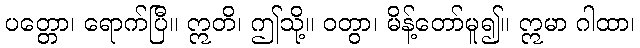
ပတ္တော၊ ရောက်ပြီ။ ဣတိ၊ ဤသို့။ ဝတွာ၊ မိန့်တော်မူ၍။ ဣမာ ဂါထာ၊